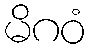
မိဂဝံ